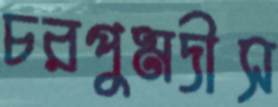
চরপুমদীস